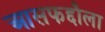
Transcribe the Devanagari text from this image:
आसफद्दौला